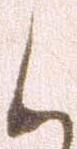
候